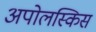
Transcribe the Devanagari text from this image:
अपोलस्किस